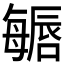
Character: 𱕏